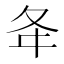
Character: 夅